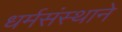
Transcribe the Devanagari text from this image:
धर्मसंस्थाने